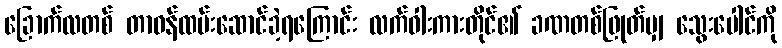
ခြောက်လတစ် တာဝန်ထမ်းဆောင်ခဲ့ရကြောင်း လက်ဝါးကားတိုင်၏ ခဏတစ်ဖြုတ်မျှ သွေးပေါင်ကို